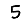
Digit: 5